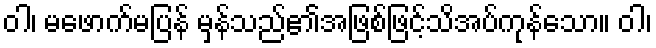
ဝါ၊ မဖောက်မပြန် မှန်သည်၏အဖြစ်ဖြင့်သိအပ်ကုန်သော။ ဝါ၊